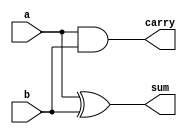
`timescale 1ns / 1ps
//////////////////////////////////////////////////////////////////////////////////
// Company: 
// Engineer: 
// 
// Design Name: 
// Module Name: h_adder
// Project Name: 
// Target Devices: 
// Tool Versions: 
// Description: 
// 
// Dependencies: 
// 
// Revision:
// Revision 0.01 - File Created
// Additional Comments:
// 
//////////////////////////////////////////////////////////////////////////////////


module h_adder(sum,carry,a,b);
 input a,b;
 output sum,carry;
 assign sum=a^b;
 assign carry=a&b;
endmodule